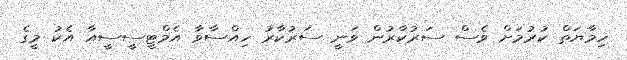
ހިމާޔަތް ކުރުމަށް ވެސް ސަރުކާރުން ވަނީ ސަރުކާރު ހިއްސާވާ އެމްޓީސީސީއާ އެކު މީގެ